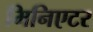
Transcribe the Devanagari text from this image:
मिनिएटर